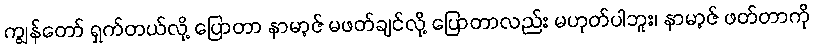
ကျွန်တော် ရှက်တယ်လို့ ပြောတာ နာမာ့ဇ် မဖတ်ချင်လို့ ပြောတာလည်း မဟုတ်ပါဘူး၊ နာမာ့ဇ် ဖတ်တာကို